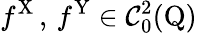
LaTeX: f^{\mathrm{X}}\, ,\, f^{\mathrm{Y}}\in\mathcal{C}_{0}^{2}(\mathrm{Q})